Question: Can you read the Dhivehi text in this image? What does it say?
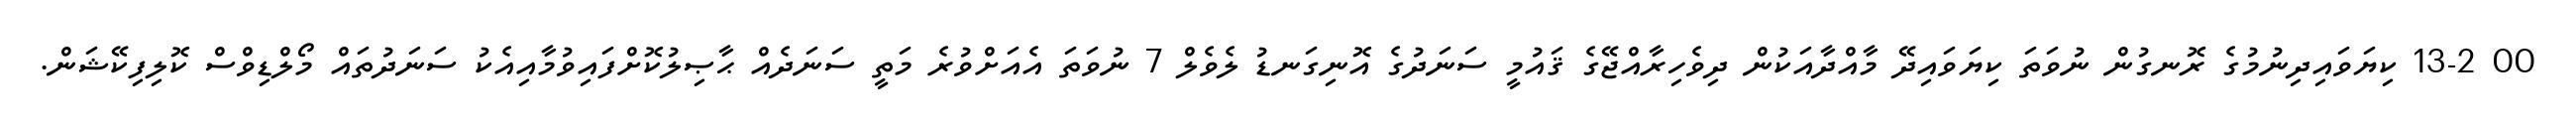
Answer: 00 13-2 ކިޔަވައިދިނުމުގެ ރޮނގުން ނުވަތަ ކިޔަވައިދޭ މާއްދާއަކުން ދިވެހިރާއްޖޭގެ ޤައުމީ ސަނަދުގެ އޮނިގަނޑު ލެވެލް 7 ނުވަތަ އެއަށްވުރެ މަތީ ސަނަދެއް ޙާޞިލުކޮށްފައިވުމާއިއެކު ސަނަދުތައް މޯލްޑިވްސް ކޮލިފިކޭޝަން.